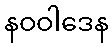
နဝဝါဒေန